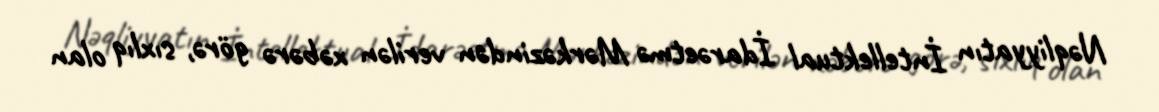
Nəqliyyatın İntellektual İdarəetmə Mərkəzindən verilən xəbərə görə, sıxlıq olan